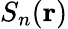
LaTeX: S_{n}(\mathbf{r})